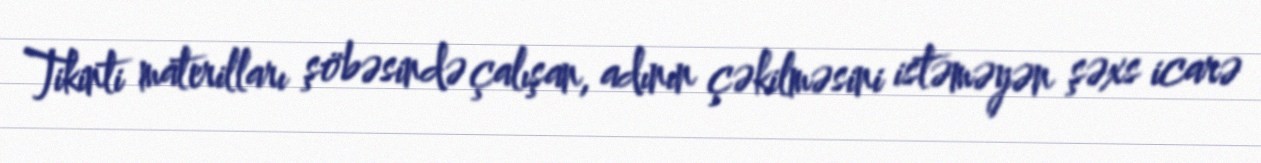
Tikinti materilları şöbəsində çalışan, adının çəkilməsini istəməyən şəxs icarə